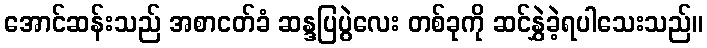
အောင်ဆန်းသည် အစာငတ်ခံ ဆန္ဒပြပွဲလေး တစ်ခုကို ဆင်နွှဲခဲ့ရပါသေးသည်။